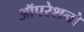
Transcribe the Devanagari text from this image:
ऑपरेशनो